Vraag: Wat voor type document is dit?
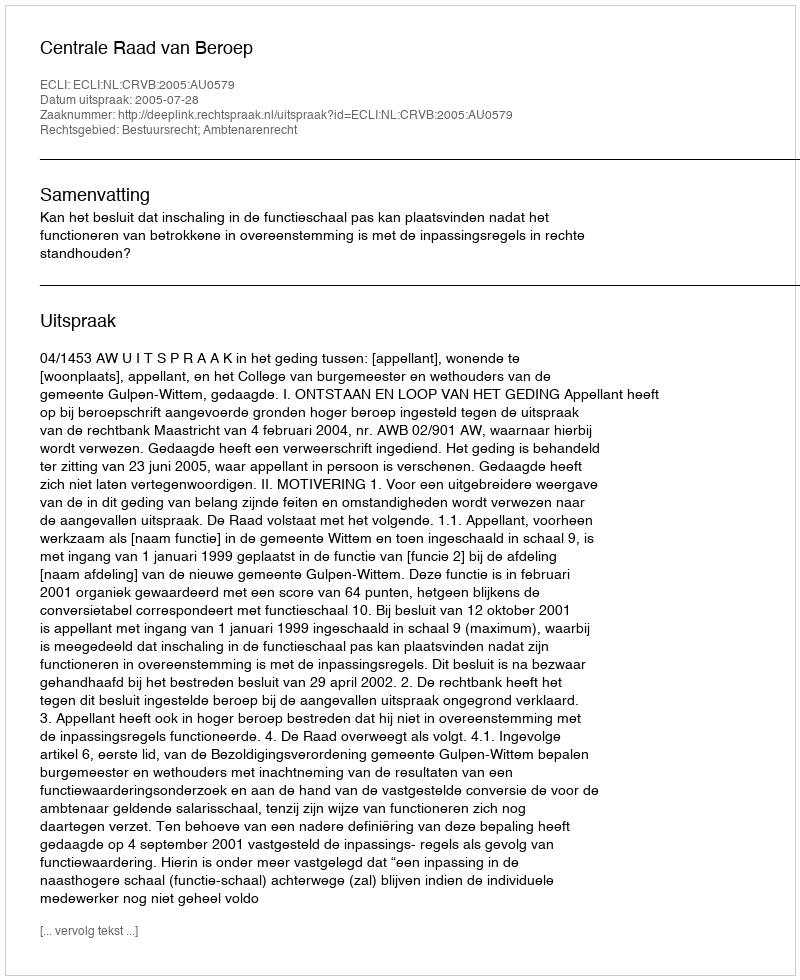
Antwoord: Uitspraak